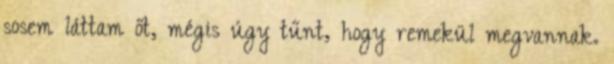
sosem láttam őt, mégis úgy tűnt, hogy remekül megvannak.